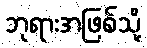
ဘုရားအဖြစ်သို့